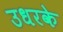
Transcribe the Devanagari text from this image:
उधरके